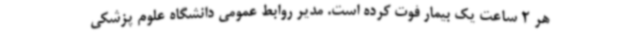
هر 2 ساعت یک بیمار فوت کرده است. مدیر روابط عمومی دانشگاه علوم پزشکی